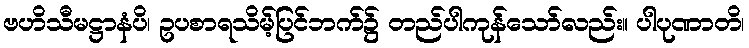
ဗဟိသီမဋ္ဌာနံပိ၊ ဥပစာရသိမ့်ပြင်ဘက်၌ တည်ပါကုန်သော်လည်း။ ပါပုဏာတိ၊